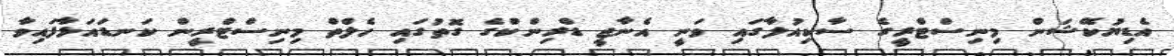
އެޑިޔުކޭޝަން މިނިސްޓްރީގެ ސާކިއުލާގައި ވަނީ އެނާޖީ ޑްރިންކްގެ ގޮތުގައި ހެލްތް މިނިސްޓްރީން ކަނޑައަޅާފައިވާ